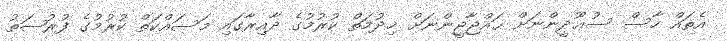
އެތައް ހާސް ސުޢޫދީންނަށް ޙައްޖާޖީންނަށް ޚިދުމަތް ކުރުމުގެ ދާއިރާގައި މަސައްކަތް ކުރުމުގެ ފުރުޞަތު